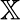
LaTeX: \mathbb{X}